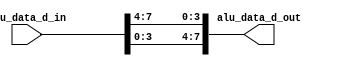
module top(
        alu_data_d_in,
    alu_data_d_out
    );

    input [7:0]alu_data_d_in;
    output[7:0]alu_data_d_out;
    wire [7:0]swap_out;
    genvar i;


    generate
        for ( i = 7 ; ( i >= 4 ) ; i = ( i - 1 ) )
        begin : swap_h
            assign swap_out[i] = alu_data_d_in[( ( i - 4 ) )];
        end
    endgenerate
     generate
         //for ( i = 0 ; ( i <4 ) ; i = ( i + 1 ) )  //OK
         for ( i = 3 ; ( i >=0 ) ; i = ( i - 1 ) ) //FAIL
         begin : swap_l
             assign swap_out[i] = alu_data_d_in[(i+4 )];
         end
     endgenerate

assign alu_data_d_out = swap_out;

endmodule